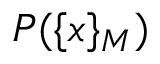
P ( \{ x \} _ { M } )